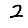
Digit: 2